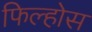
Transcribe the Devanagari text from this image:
फिल्होस